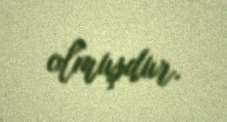
olmuşdur.